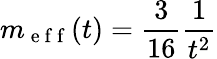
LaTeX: m_{\mathrm{~e~f~f~}}(t)=\frac{3}{16}\frac{1}{t^{2}}